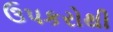
ઉપકરોથી